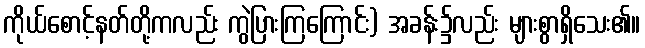
ကိုယ်စောင့်နတ်တို့ကလည်း ကွဲပြားကြကြောင်း) အခန်း၌လည်း များစွာရှိသေး၏။